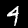
Digit: 4